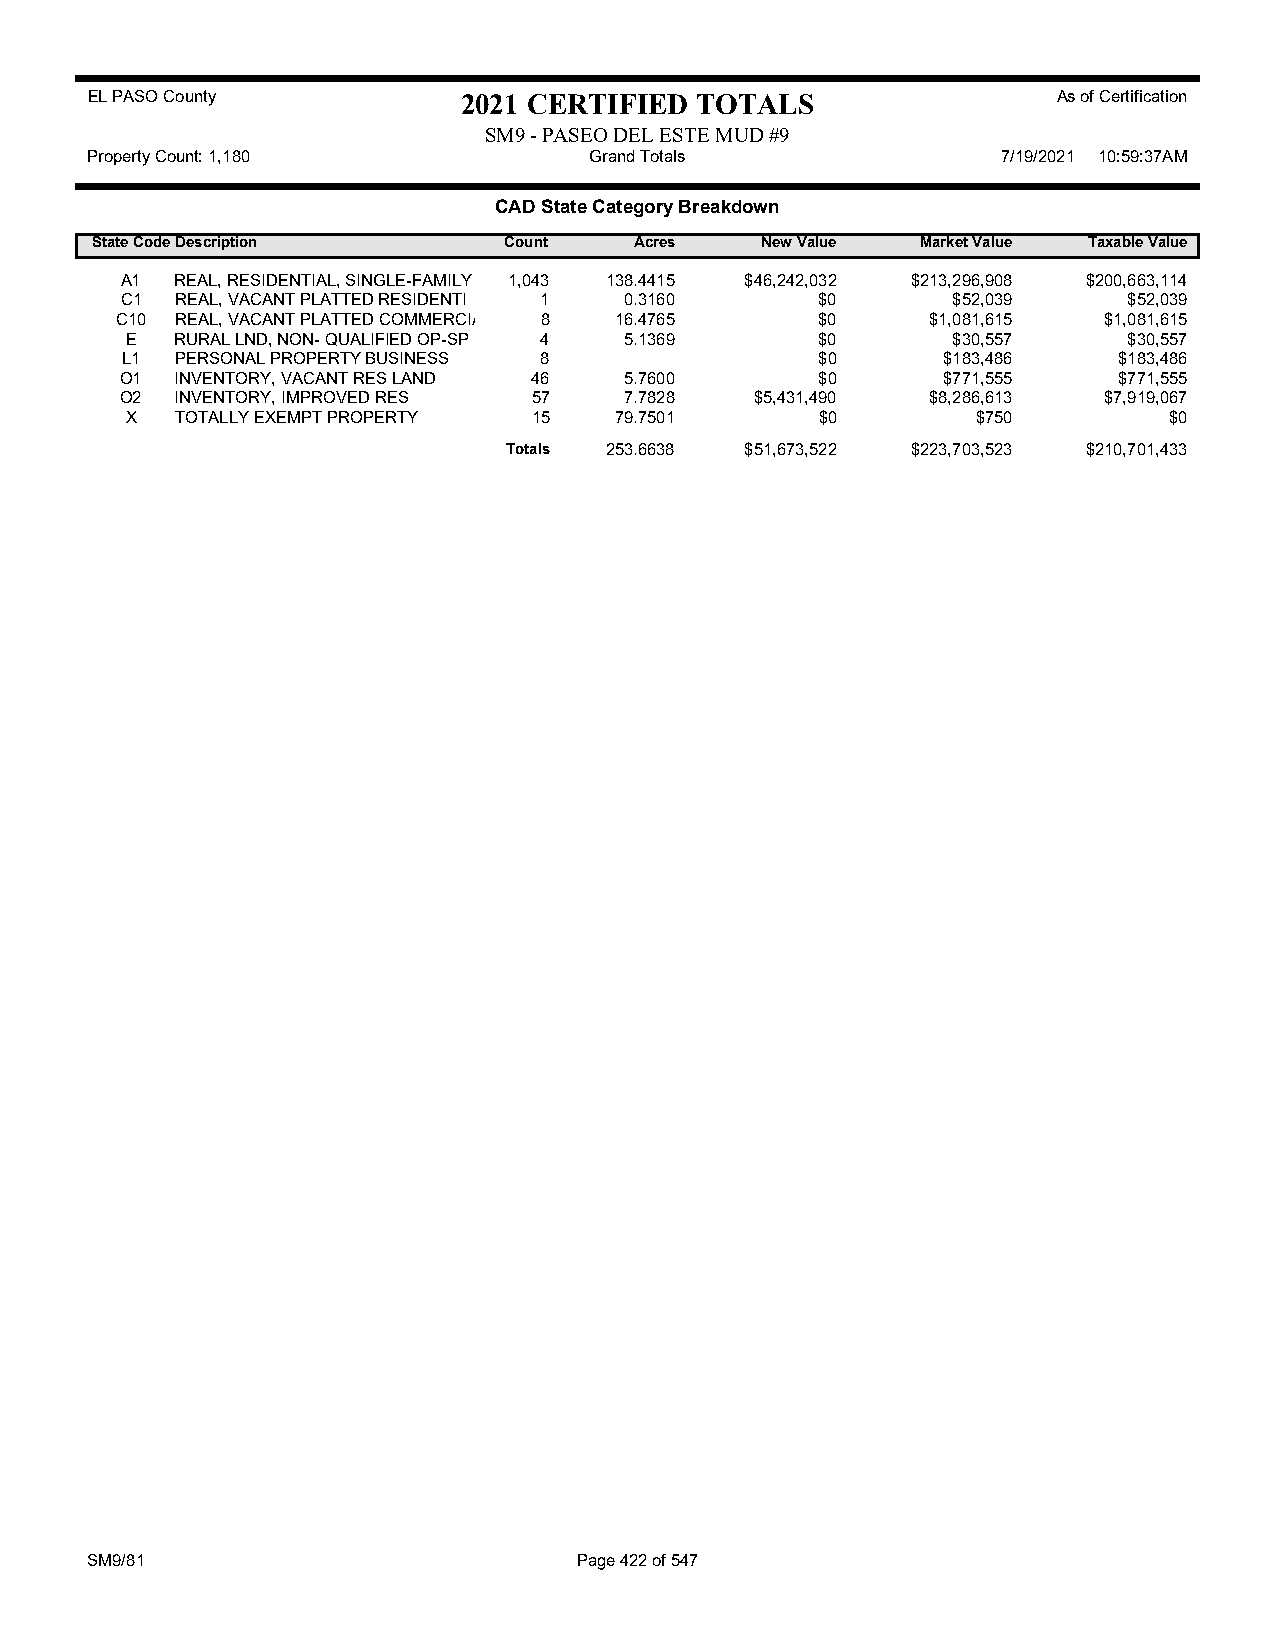
EL PASO County           2021 CERTIFIED TOTALS                  As of Certification
 SM9 - PASEO DEL ESTE MUD #9
 Property Count: 1,180            Grand Totals               7/19/2021 10:59:37AM
 CAD State Category Breakdown
 State CodeDescription      Count    Acres   New Value  Market Value Taxable Value
 A1  REAL, RESIDENTIAL, SINGLE-FAMILY 1,043 138.4415 $46,242,032 $213,296,908 $200,663,114
 C1  REAL, VACANT PLATTED RESIDENTI 1 0.3160   $0       $52,039     $52,039
 C10 REAL, VACANT PLATTED COMMERCIA 8 16.4765  $0      $1,081,615 $1,081,615
 E   RURAL LND, NON- QUALIFIED OP-SP 4 5.1369  $0       $30,557     $30,557
 L1  PERSONAL PROPERTY BUSINESS 8              $0      $183,486    $183,486
 O1  INVENTORY, VACANT RES LAND 46 5.7600      $0      $771,555    $771,555
 O2  INVENTORY, IMPROVED RES 57   7.7828   $5,431,490  $8,286,613 $7,919,067
 X   TOTALLY EXEMPT PROPERTY 15   79.7501      $0         $750        $0
 Totals 253.6638 $51,673,522 $223,703,523 $210,701,433
 SM9/81                          Page 422 of 547